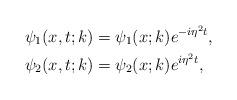
LaTeX: \begin{align*}&\psi_1(x,t;k)=\psi_1(x;k) e^{-i \eta^2 t},\\&\psi_2(x,t;k)=\psi_2(x;k) e^{i \eta^2 t},\end{align*}